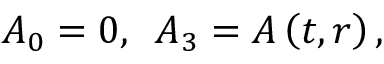
A _ { 0 } = 0 , \, \, \, A _ { 3 } = A \left( t , r \right) ,